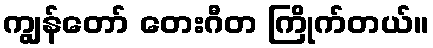
ကျွန်တော် တေးဂီတ ကြိုက်တယ်။